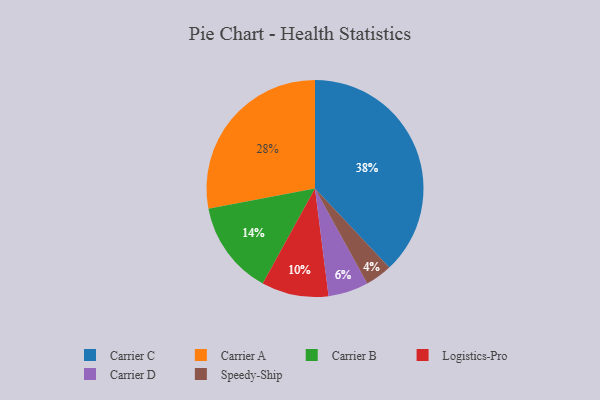
{"axis": {"x": "Category", "y": "Percentage"}, "legend": ["Carrier A", "Carrier B", "Carrier C", "Carrier D", "Logistics-Pro", "Speedy-Ship"], "data": [{"x": "Logistics-Pro", "y": 10, "type": "Logistics-Pro"}, {"x": "Speedy-Ship", "y": 4, "type": "Speedy-Ship"}, {"x": "Carrier B", "y": 14, "type": "Carrier B"}, {"x": "Carrier C", "y": 38, "type": "Carrier C"}, {"x": "Carrier D", "y": 6, "type": "Carrier D"}, {"x": "Carrier A", "y": 28, "type": "Carrier A"}]}